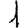
Digit: 1